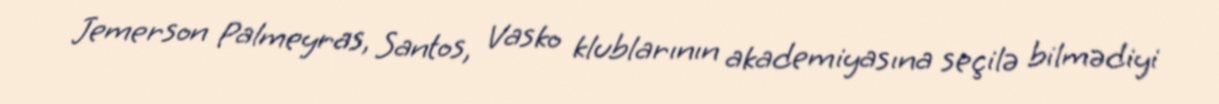
Jemerson Palmeyras, Santos, Vasko klublarının akademiyasına seçilə bilmədiyi